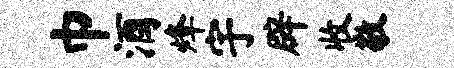
巾酒烽宇辟收敬